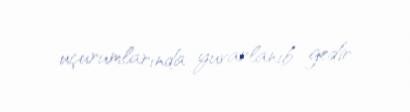
uçurumlarında yuvarlanıb gedir.